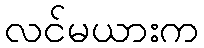
လင်မယားက